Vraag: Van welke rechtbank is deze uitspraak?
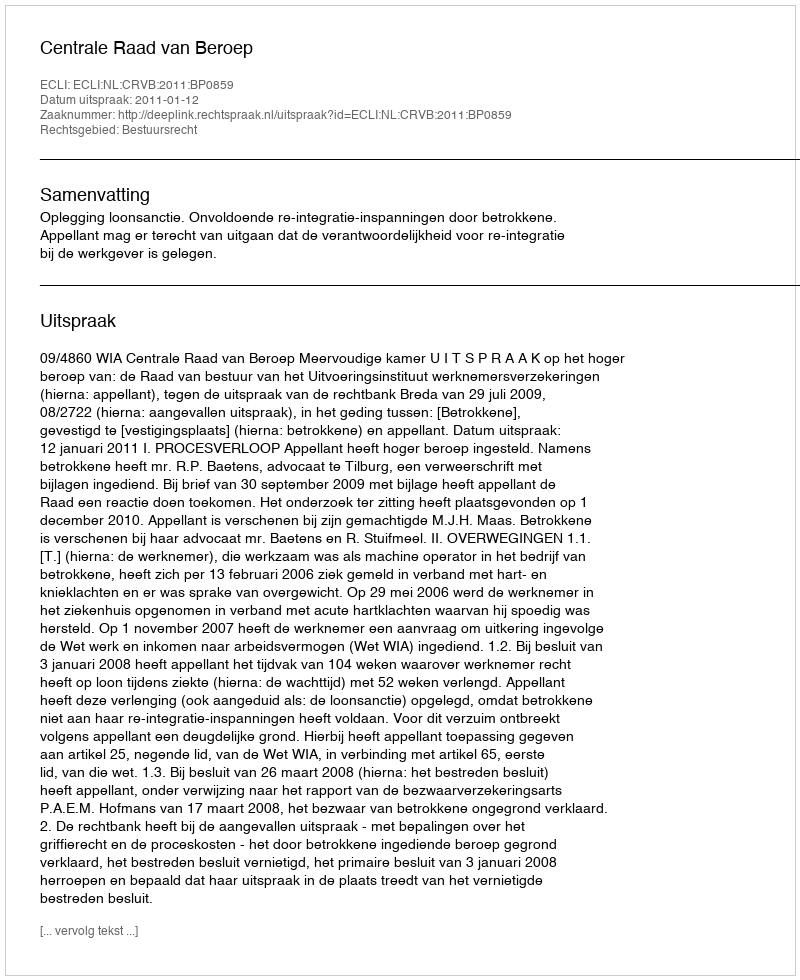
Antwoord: Centrale Raad van Beroep